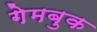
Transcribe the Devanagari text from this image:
गेमबुक